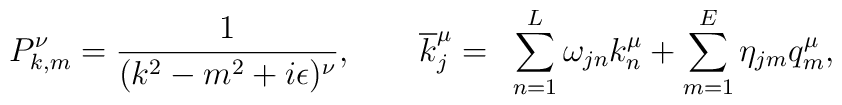
P^{\nu}_{k,m}=\frac{1}{(k^2-m^2+i \epsilon)^{\nu}},~~~~~~\overline{k}_j^{\mu}=~ \sum^L_{n=1} \omega_{jn}k^{\mu}_n+ \sum _{m=1}^E \eta_{jm}q_m^{\mu},